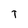
Character: T